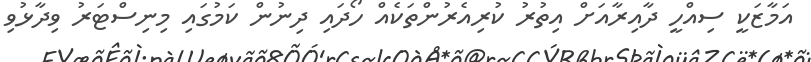
އަމާޒަކީ ސިއްހީ ދާއިރާއަށް އިތުރު ކުރިއެރުންތަކެއް ހޯދައި ދިނުން ކަމުގައި މިނިސްޓަރު ވިދާޅުވި